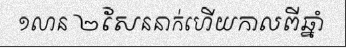
១លាន ២សែននាក់ហើយកាលពីឆ្នាំ